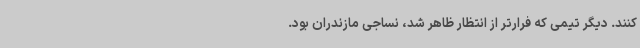
کنند. دیگر تیمی که فرارتر از انتظار ظاهر شد، نساجی مازندران بود.